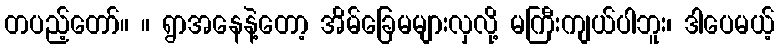
တပည့်တော်။ ။ ရွာအနေနဲ့တော့ အိမ်ခြေမများလှလို့ မကြီးကျယ်ပါဘူး၊ ဒါပေမယ့်